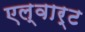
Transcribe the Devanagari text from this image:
एल्वार्ट